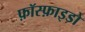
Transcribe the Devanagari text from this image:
फ़ॉस्फ़ाइडो